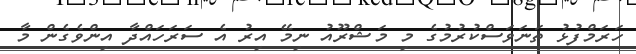
ހަރަމްފުޅު ތަނަވަސްކުރުމުގެ މި މަޝްރޫއު ނިމޭ އިރު އެ ސަރަހައްދާ އިންވެގެން މާ